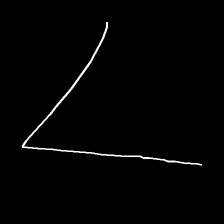
Glyph: region